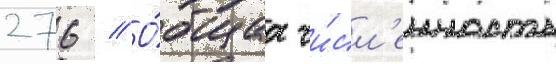
276 // О́бщаа чи́сл'енность